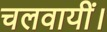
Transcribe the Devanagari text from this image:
चलवायीं।